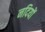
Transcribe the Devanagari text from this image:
नदियों